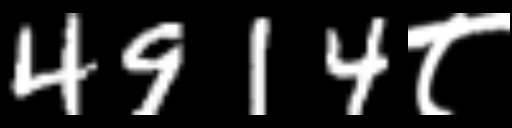
Text: 4914८